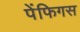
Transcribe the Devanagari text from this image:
पेंफिगस